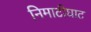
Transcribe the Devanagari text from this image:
निमाटीघाट